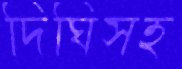
দিঘিসহ